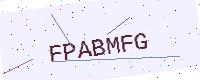
Text: FPABMFG